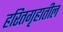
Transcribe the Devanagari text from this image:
हरितगृहातील